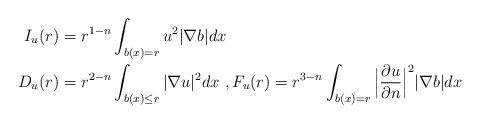
LaTeX: \begin{align*}I_{u}(r)&= r^{1- n}\int_{b(x)= r} u^2|\nabla b| dx \\D_{u}(r)&= r^{2- n}\int_{b(x)\leq r} |\nabla u|^2 dx \ , F_{u}(r)= r^{3- n} \int_{b(x)= r} \Big|\frac{\partial u}{\partial n}\Big|^2 |\nabla b| dx \end{align*}